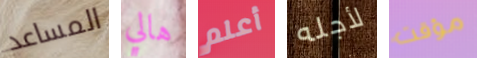
المساعد هالي أعلم لأجله مؤقت